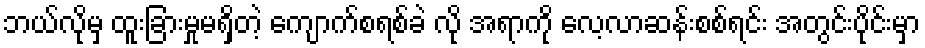
ဘယ်လိုမှ ထူးခြားမှုမရှိတဲ့ ကျောက်စရစ်ခဲ လို အရာကို လေ့လာဆန်းစစ်ရင်း အတွင်းပိုင်းမှာ